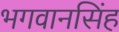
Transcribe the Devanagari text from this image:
भगवानसिंह